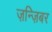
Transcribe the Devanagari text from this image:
ज़न्ज़िबर